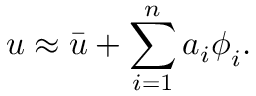
\boldsymbol { u } \approx \bar { \boldsymbol { u } } + \sum _ { i = 1 } ^ { n } a _ { i } \boldsymbol { \phi } _ { i } .